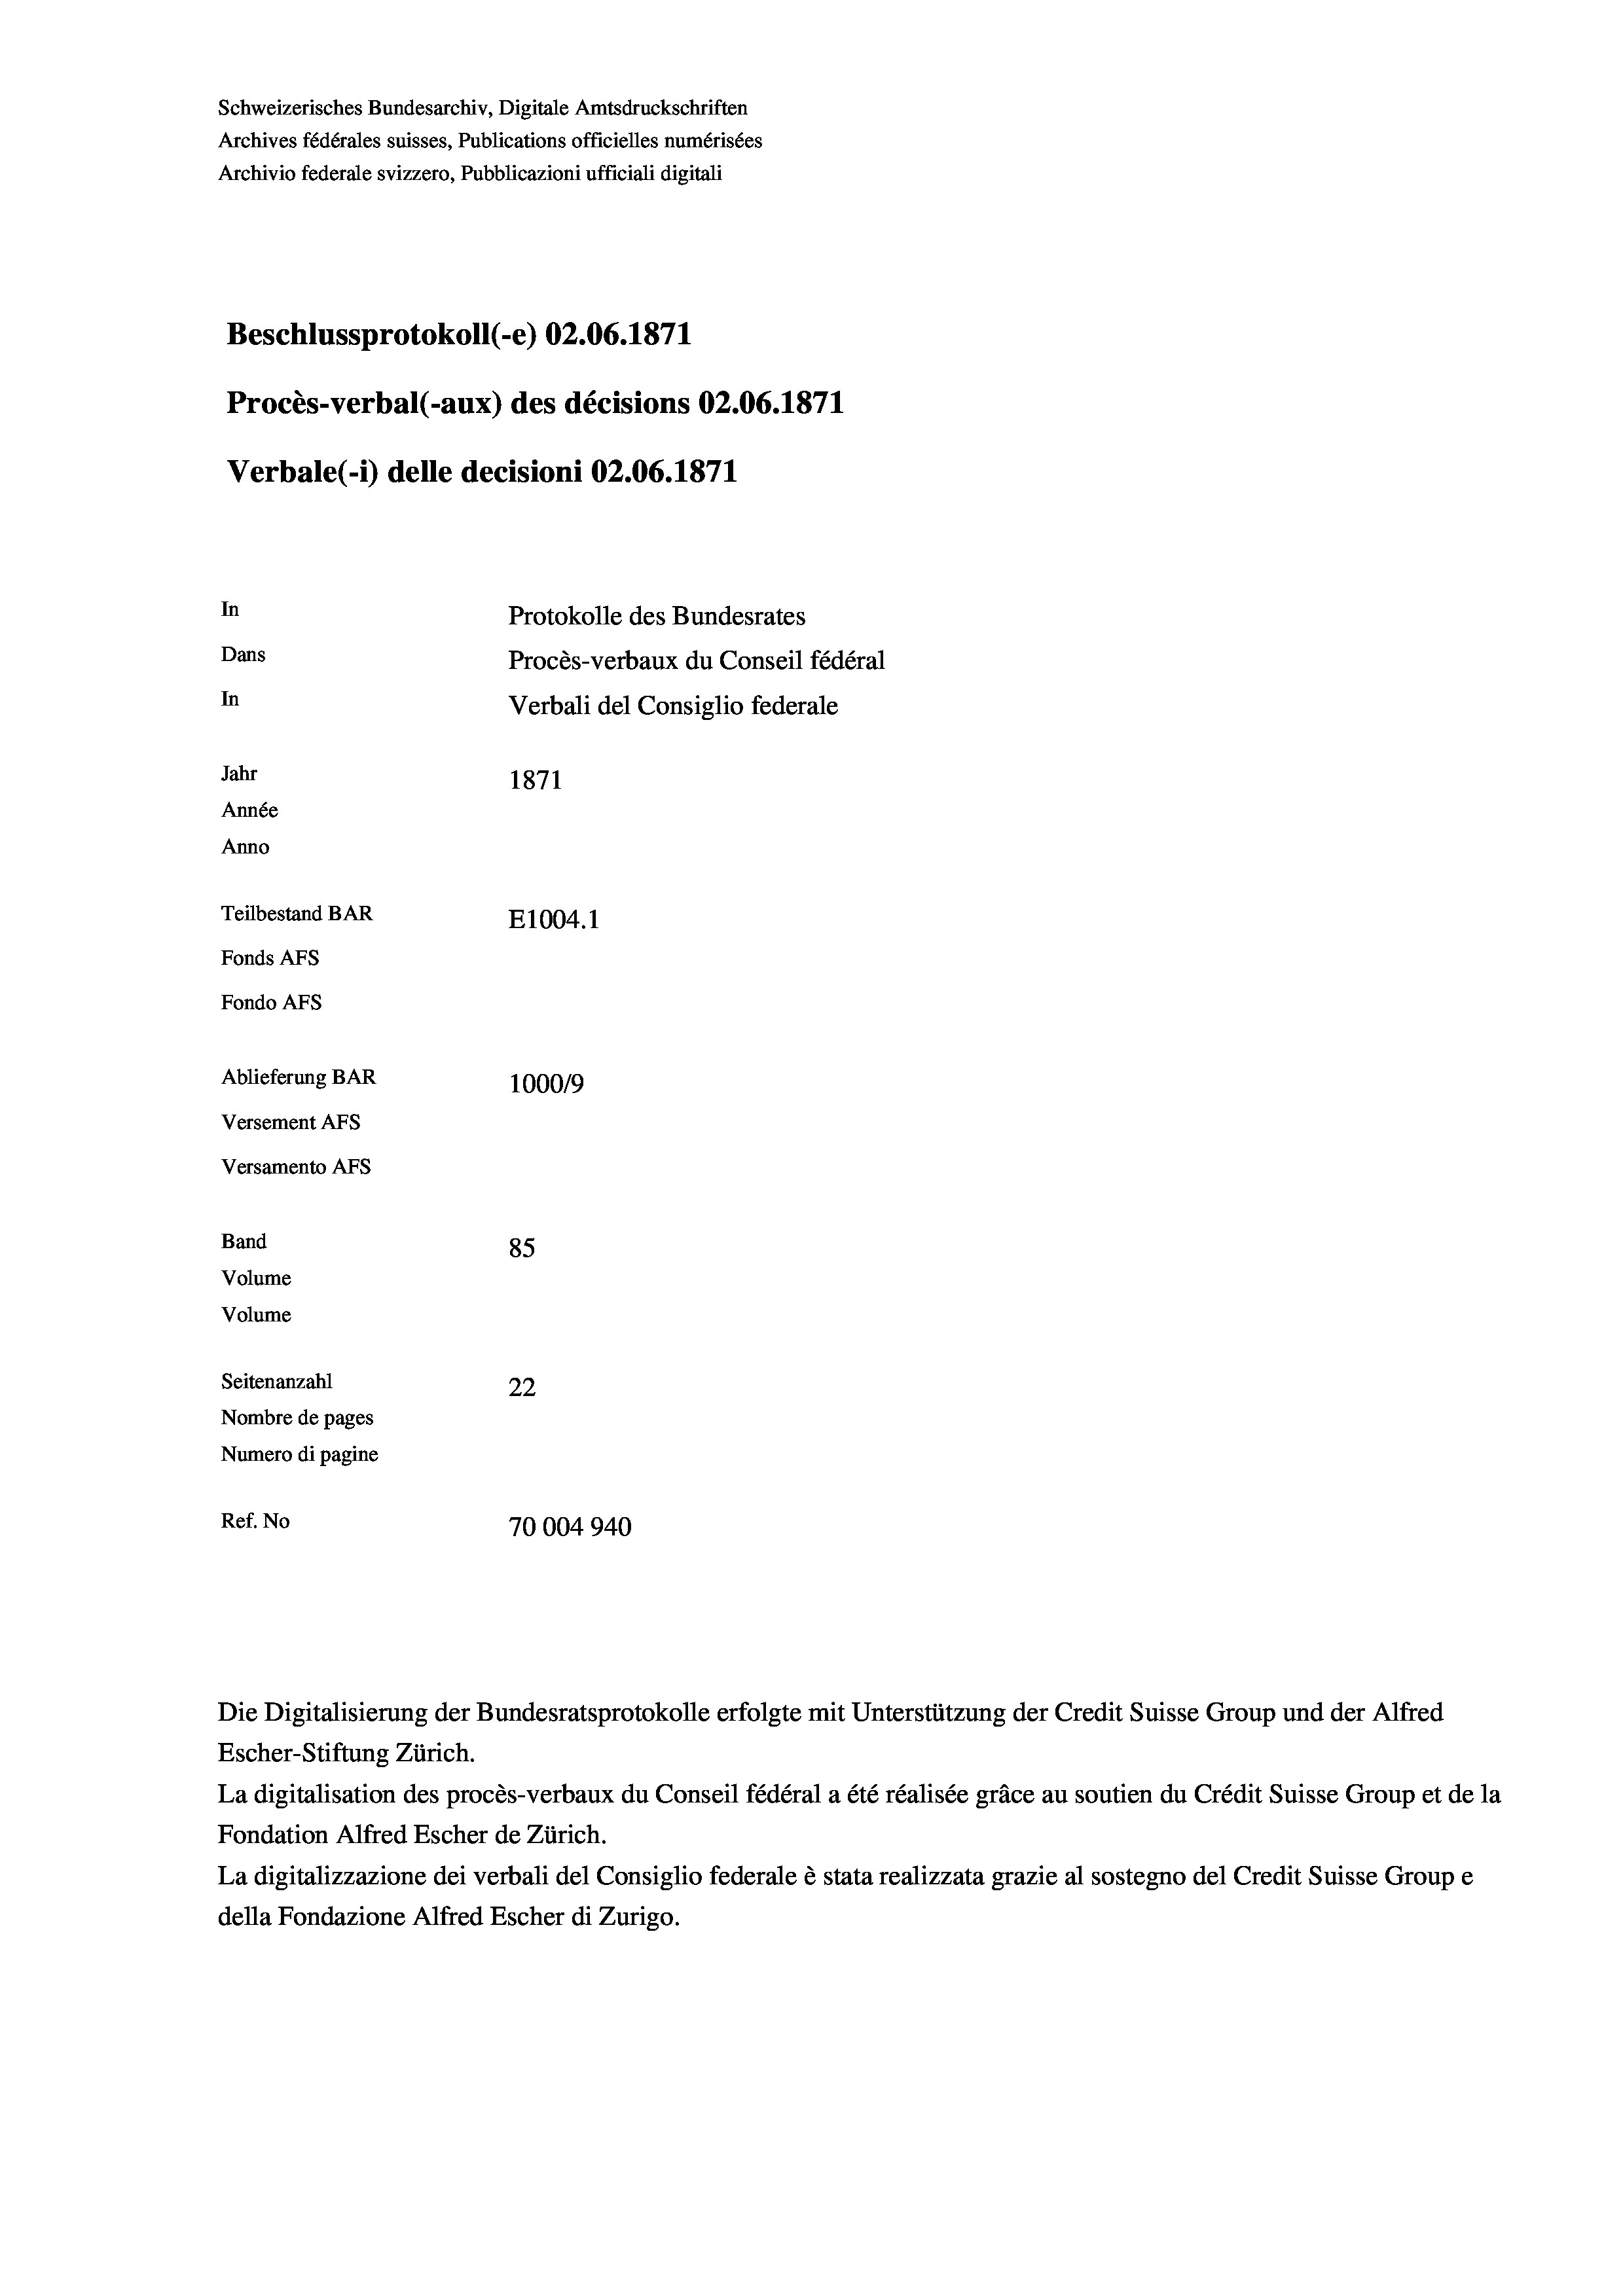
Schweizerisches Bundesarchiv, Digitale Amtsdruckschriften
Archives fédérales suisses, Publications officielles numérisées
Archivio federale svizzero, Pubblicazioni ufficiali digitali
Beschlussprotokoll (-e) 02.06. 1871
Procès-verbal (-aux) des décisions 02.06. 1871
Verbale (1) delle decisioni 02.06. 1871
In
Protokolle des Bundesrates
Dans
Procès-verbaux du Conseil fédéral
In
Verbali del Consiglio federale
Jahr
1871
Année
Anno
Teilbestand BAR
E1004. 1
Fonds Afs
Fondo AFs
Ablieferung BAR
100019
Versement AFS
Versamento Afs
Band
85
Volume
Volume
d
Seitenanzahl
22
Nombre de pages
Numero di pagine
Ref. No
70004940

Escher-Stiftung Zürich.
La digitalisation des procès-verbaux du Conseil fédéral a été réalisée gräce au soutien du Crédit Suisse Group et de la
Fondation Alfred Escher de Zürich.
La digitalizzazione dei verbali del Consiglio federale è stata realizzata grazie al sostegno del Credit Suisse Groupe
della Fondazione Alfred Escher di Zurigo.

Die Digitalisierung der Bundesratsprotokolle erfolgte mit Unterstützung der Credit Suisse Group und der Alfred